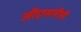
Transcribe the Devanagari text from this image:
जीएसपीसी